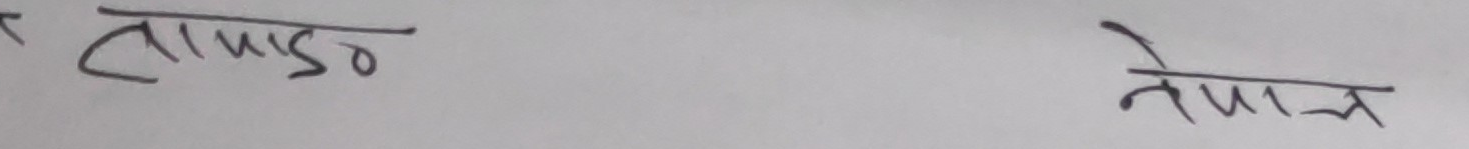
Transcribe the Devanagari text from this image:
तामाङ नेपाल